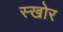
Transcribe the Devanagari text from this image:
स्खोर